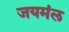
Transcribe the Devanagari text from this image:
जयमंल